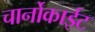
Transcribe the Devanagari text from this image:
चार्नोकाईट